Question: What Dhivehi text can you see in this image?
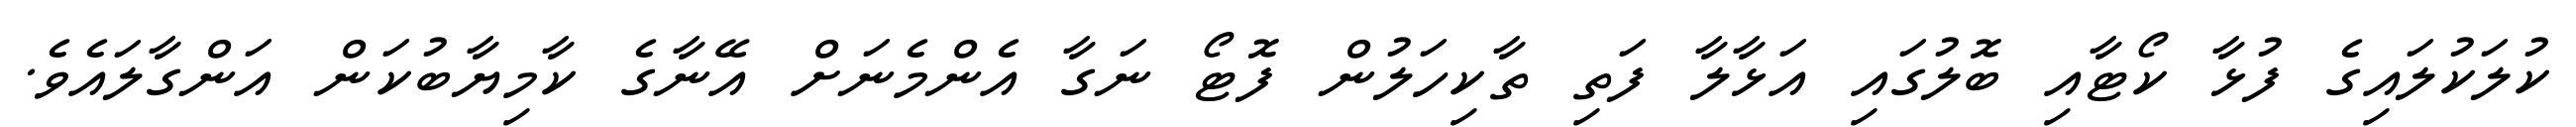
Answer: ކުލަކުލައިގެ ފުޅާ ކޯޓާއި ބޮލުގައި އަޅާލާ ފަތި ތާކިހަލުން ފޮޓޯ ނަގާ އެންމެނަށް އޭނާގެ ކާމިޔާބުކަން އަންގާލައެވެ.